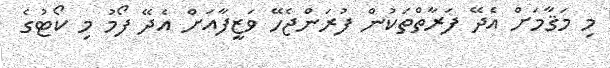
މި މަޤާމަށް އެދޭ ފަރާތްތަކުން ފުރަންޖެހޭ ވަޒީފާއަށް އެދޭ ފޯމު މި ކޯޓުގެ